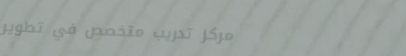
مركز تدريب متخصص في تطوير